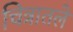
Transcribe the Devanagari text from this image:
चित्रातले